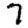
Digit: 7